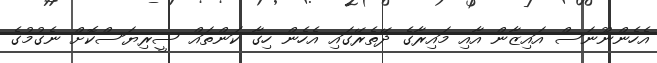
އެހެންނޫނަސް އައިޒާން އާއި މައިރާގެ ދޭތެރޭގައި އެހެން ހިގާ ކަންތައް ސީރިޔަސްކޮށް ނެގުމުގެ